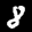
Label: 8